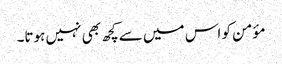
مؤمن کو اس میں سے کچھ بھی نہیں ہوتا۔